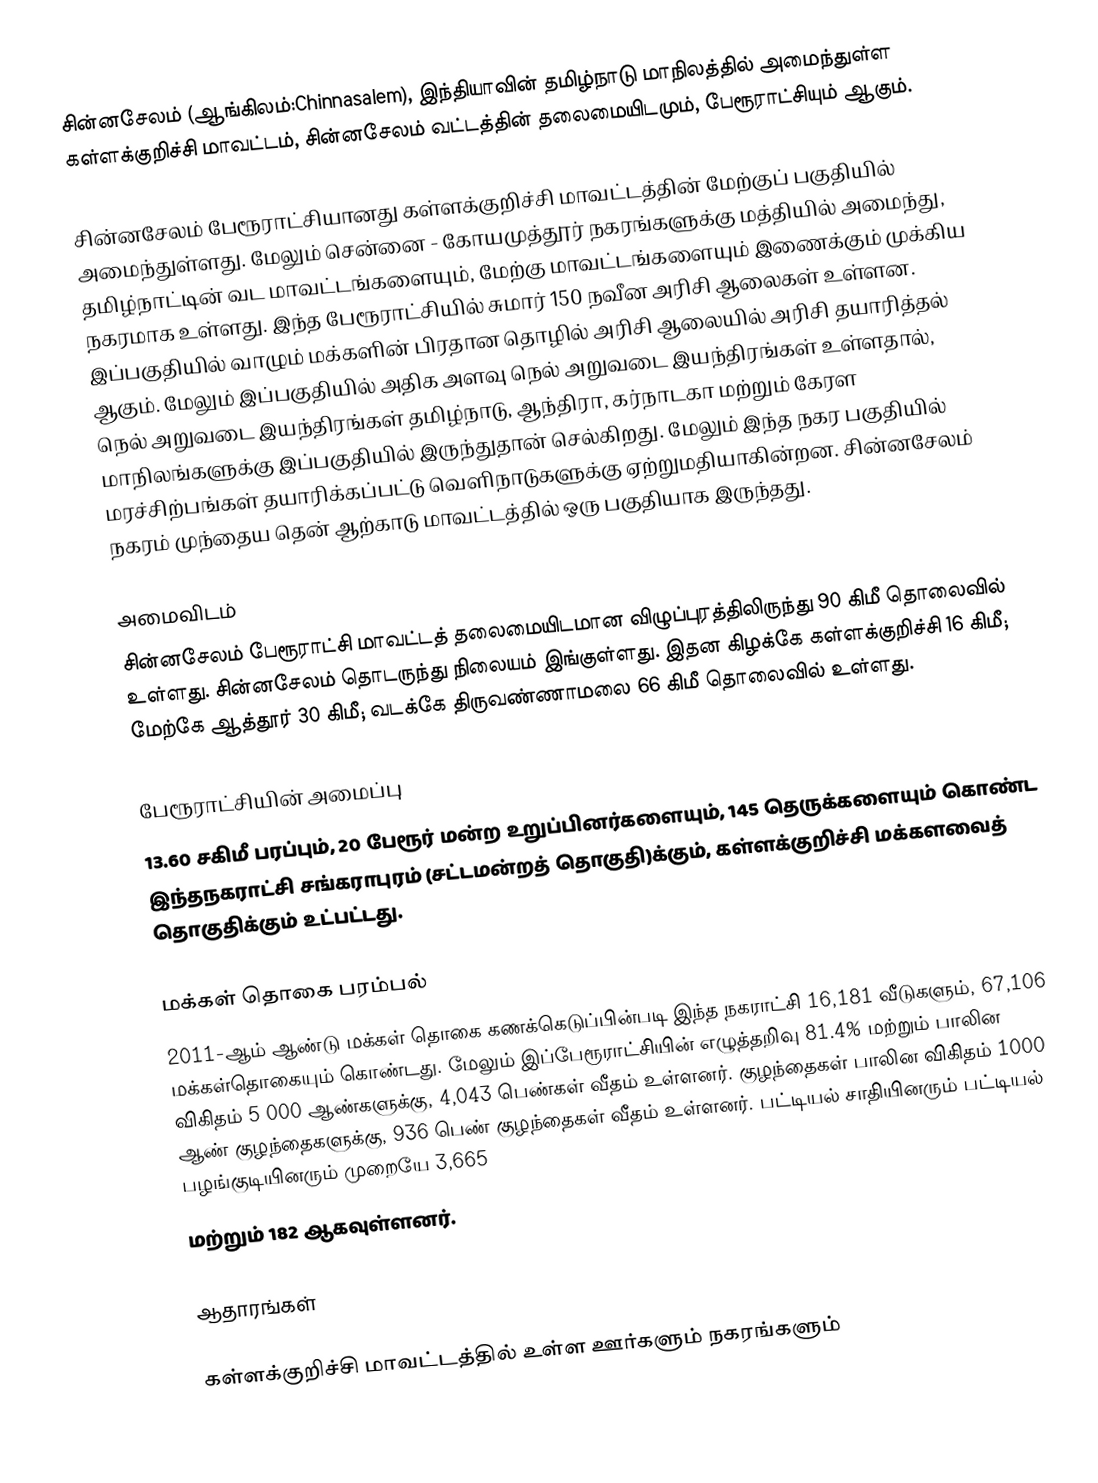
சின்னசேலம் (ஆங்கிலம்:Chinnasalem), இந்தியாவின் தமிழ்நாடு மாநிலத்தில் அமைந்துள்ள கள்ளக்குறிச்சி மாவட்டம், சின்னசேலம் வட்டத்தின் தலைமையிடமும், பேரூராட்சியும் ஆகும்.

சின்னசேலம் பேரூராட்சியானது கள்ளக்குறிச்சி மாவட்டத்தின் மேற்குப் பகுதியில் அமைந்துள்ளது. மேலும் சென்னை - கோயமுத்தூர் நகரங்களுக்கு மத்தியில் அமைந்து, தமிழ்நாட்டின் வட மாவட்டங்களையும், மேற்கு மாவட்டங்களையும் இணைக்கும் முக்கிய நகரமாக உள்ளது. இந்த பேரூராட்சியில் சுமார் 150 நவீன அரிசி ஆலைகள் உள்ளன. இப்பகுதியில் வாழும் மக்களின் பிரதான தொழில் அரிசி ஆலையில் அரிசி தயாரித்தல் ஆகும். மேலும் இப்பகுதியில் அதிக அளவு நெல் அறுவடை இயந்திரங்கள் உள்ளதால், நெல் அறுவடை இயந்திரங்கள் தமிழ்நாடு, ஆந்திரா, கர்நாடகா மற்றும் கேரள மாநிலங்களுக்கு இப்பகுதியில் இருந்துதான் செல்கிறது. மேலும் இந்த நகர பகுதியில் மரச்சிற்பங்கள் தயாரிக்கப்பட்டு வெளிநாடுகளுக்கு ஏற்றுமதியாகின்றன. சின்னசேலம் நகரம் முந்தைய தென் ஆற்காடு மாவட்டத்தில் ஒரு பகுதியாக இருந்தது.

அமைவிடம்
சின்னசேலம் பேரூராட்சி மாவட்டத் தலைமையிடமான விழுப்புரத்திலிருந்து 90 கிமீ தொலைவில் உள்ளது. சின்னசேலம் தொடருந்து நிலையம் இங்குள்ளது. இதன கிழக்கே கள்ளக்குறிச்சி 16 கிமீ; மேற்கே ஆத்தூர் 30 கிமீ; வடக்கே திருவண்ணாமலை 66 கிமீ தொலைவில் உள்ளது.

பேரூராட்சியின் அமைப்பு
13.60 சகிமீ பரப்பும், 20 பேரூர் மன்ற உறுப்பினர்களையும், 145 தெருக்களையும் கொண்ட  இந்தநகராட்சி சங்கராபுரம் (சட்டமன்றத் தொகுதி)க்கும், கள்ளக்குறிச்சி மக்களவைத் தொகுதிக்கும் உட்பட்டது.

மக்கள் தொகை பரம்பல்
2011-ஆம் ஆண்டு மக்கள் தொகை கணக்கெடுப்பின்படி   இந்த நகராட்சி  16,181   வீடுகளும்,  67,106 மக்கள்தொகையும் கொண்டது. மேலும் இப்பேரூராட்சியின் எழுத்தறிவு 81.4%  மற்றும் பாலின விகிதம் 5 000 ஆண்களுக்கு,  4,043 பெண்கள் வீதம் உள்ளனர். குழந்தைகள் பாலின விகிதம் 1000 ஆண் குழந்தைகளுக்கு, 936     பெண் குழந்தைகள் வீதம் உள்ளனர்.  பட்டியல் சாதியினரும் பட்டியல் பழங்குடியினரும்  முறையே 3,665
மற்றும் 182 ஆகவுள்ளனர்.

ஆதாரங்கள்

கள்ளக்குறிச்சி மாவட்டத்தில் உள்ள ஊர்களும் நகரங்களும்